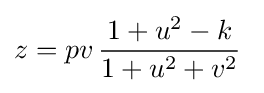
z=pv\,{\frac {1+u^{2}-k}{1+u^{2}+v^{2}}}\